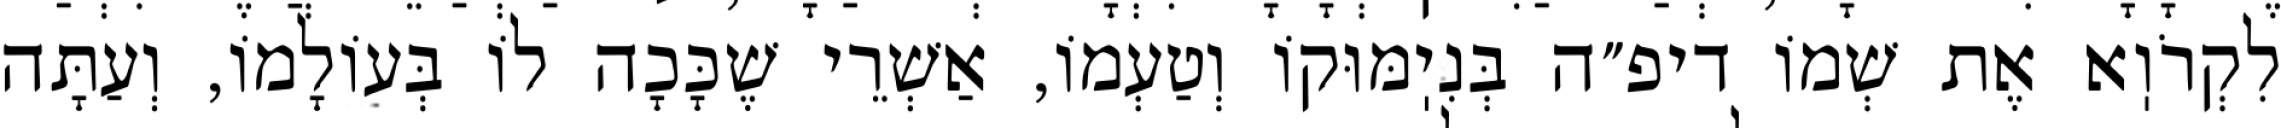
לִקְרֹוֽא אֶת שְׁמוֹ דיפ״ה בְּנִיֽמּוּקוֹ וְטַעְמוֹ, אַשְׁרֵי שֶׁכָּכָה לוֹ בְּעוֹלָמוֹ, וְעַתָּה